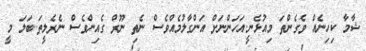
ޝާމާ ކިހިނެއް ވެގެންތަ މިއުޅެނީ.އަހަންނަށް އަންގާލުމެއްވެސް ނެތި ނޫރް ގެއިންވެސް ނެރެލީތަ..ބަލަ މީ